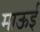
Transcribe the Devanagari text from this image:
माऊई